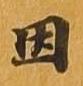
因